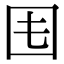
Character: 𡆰